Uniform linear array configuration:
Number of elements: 8
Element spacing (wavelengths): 0.25
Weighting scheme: exponential
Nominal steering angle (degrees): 15
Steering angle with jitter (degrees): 14.781
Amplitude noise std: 0.05
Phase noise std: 0.05

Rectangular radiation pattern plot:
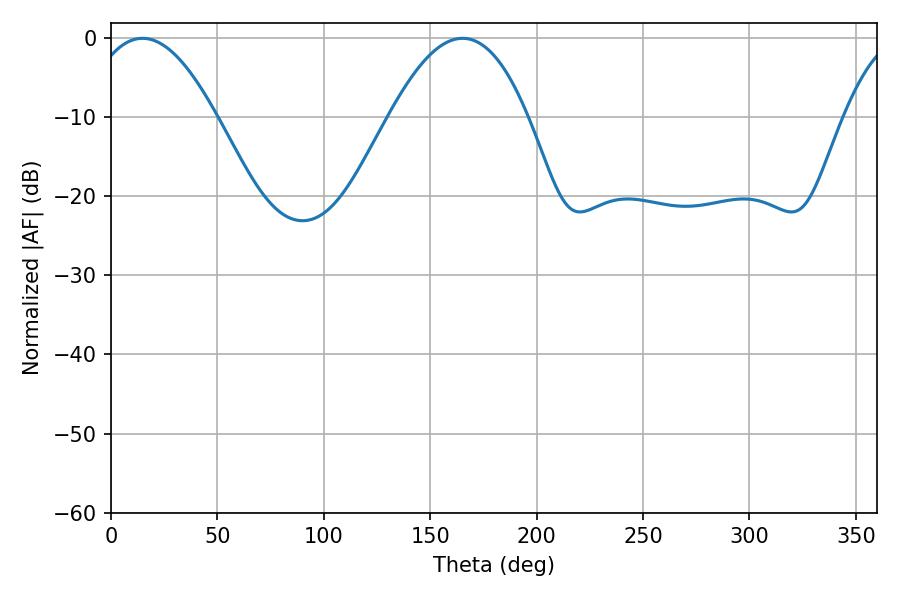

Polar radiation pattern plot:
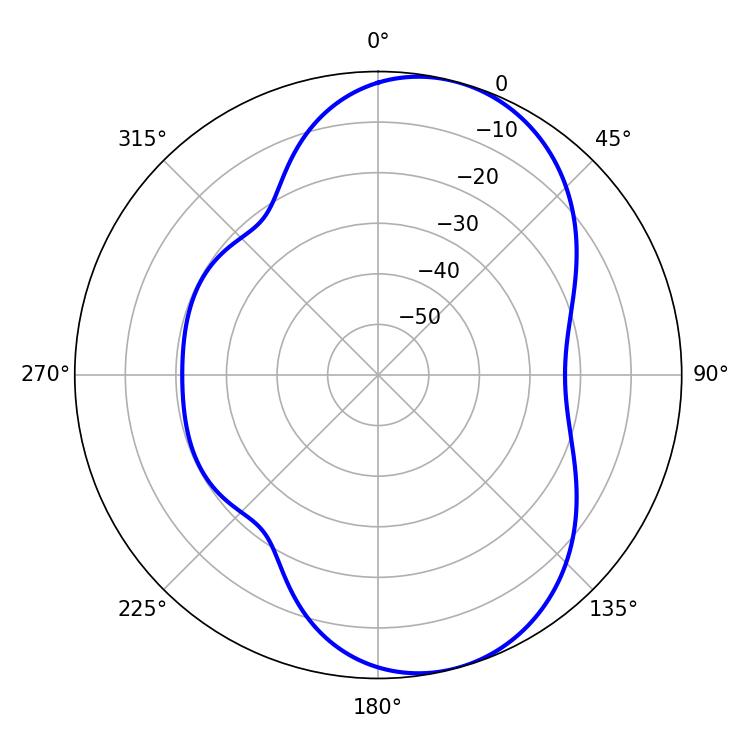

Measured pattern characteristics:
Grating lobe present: FALSE
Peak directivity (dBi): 7.526
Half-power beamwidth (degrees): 33.3
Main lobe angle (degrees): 14.76